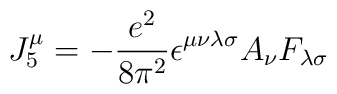
J_5^\mu=-\frac{e^2}{8\pi^2}\epsilon^{\mu\nu\lambda\sigma}A_{\nu}F_{\lambda\sigma}